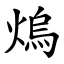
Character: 熓